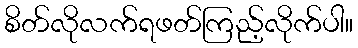
စိတ်လိုလက်ရဖတ်ကြည့်လိုက်ပါ။